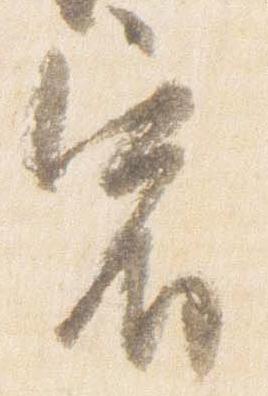
宿